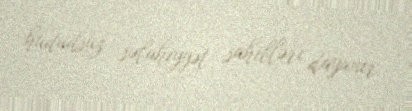
hüdudsuz səlahiyyət sahibləri dayanır.